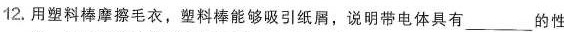
12.用塑料棒摩擦毛衣，塑料棒能够吸引纸屑，说明带电体具有____的性